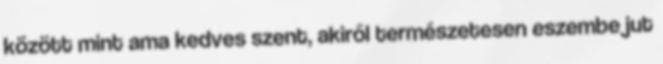
között mint ama kedves szent, akiről természetesen eszembe jut